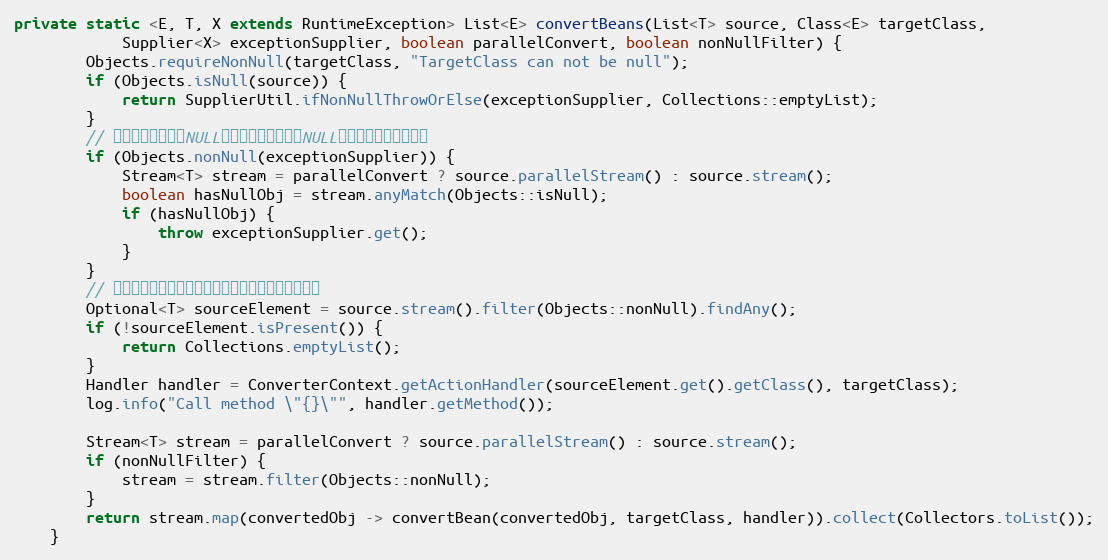
Language: Java
private static <E, T, X extends RuntimeException> List<E> convertBeans(List<T> source, Class<E> targetClass,
            Supplier<X> exceptionSupplier, boolean parallelConvert, boolean nonNullFilter) {
        Objects.requireNonNull(targetClass, "TargetClass can not be null");
        if (Objects.isNull(source)) {
            return SupplierUtil.ifNonNullThrowOrElse(exceptionSupplier, Collections::emptyList);
        }
        // 若异常提供者不为NULL，则先校验是否存在NULL对象，存在则抛出异常
        if (Objects.nonNull(exceptionSupplier)) {
            Stream<T> stream = parallelConvert ? source.parallelStream() : source.stream();
            boolean hasNullObj = stream.anyMatch(Objects::isNull);
            if (hasNullObj) {
                throw exceptionSupplier.get();
            }
        }
        // 一次性获取，避免每次转换都要查找导致的额外消耗
        Optional<T> sourceElement = source.stream().filter(Objects::nonNull).findAny();
        if (!sourceElement.isPresent()) {
            return Collections.emptyList();
        }
        Handler handler = ConverterContext.getActionHandler(sourceElement.get().getClass(), targetClass);
        log.info("Call method \"{}\"", handler.getMethod());

        Stream<T> stream = parallelConvert ? source.parallelStream() : source.stream();
        if (nonNullFilter) {
            stream = stream.filter(Objects::nonNull);
        }
        return stream.map(convertedObj -> convertBean(convertedObj, targetClass, handler)).collect(Collectors.toList());
    }